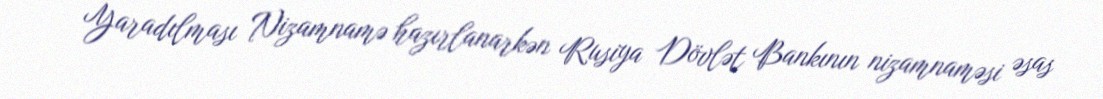
Yaradılması Nizamnamə hazırlanarkən Rusiya Dövlət Bankının nizamnaməsi əsas